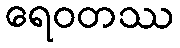
ရေဝတဿ